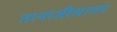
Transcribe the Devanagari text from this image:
तानाजीसागर